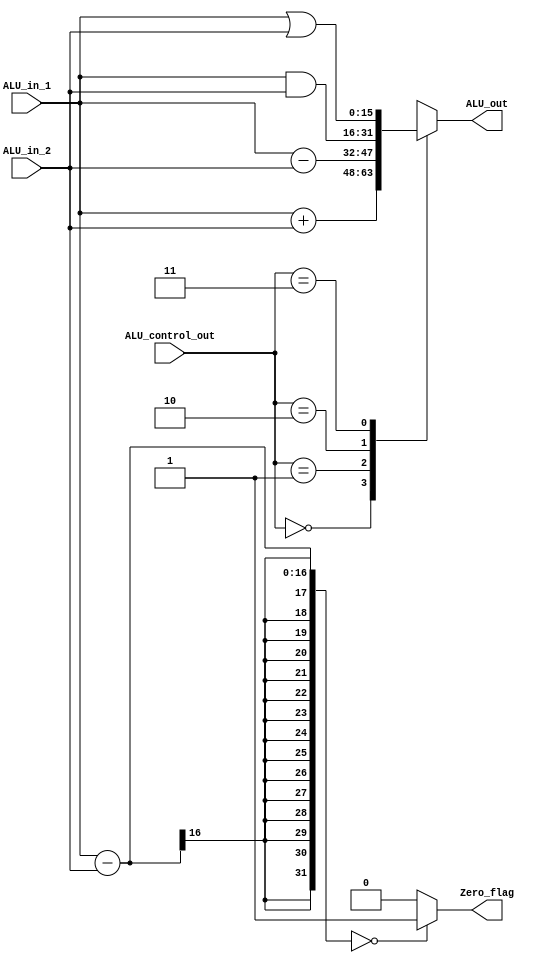
`timescale 1ns / 1ps
module ALU_2(
    ALU_in_1,
    ALU_in_2,
    ALU_out,
    ALU_control_out,
    Zero_flag
);

parameter N=16;
input [N-1:0] ALU_in_1;
input [1:0] ALU_control_out;
input [N-1:0] ALU_in_2;
output reg [N-1:0] ALU_out;
output reg Zero_flag;

always @ (*)
    begin
    case (ALU_control_out)
    
    2'b00: ALU_out = ALU_in_1 + ALU_in_2;
    2'b01: ALU_out = ALU_in_1-ALU_in_2;
    2'b10: ALU_out = (ALU_in_1) & (ALU_in_2);
    2'b11: ALU_out = (ALU_in_1) | (ALU_in_2);
    
    endcase 
    end

always @ (*)
    begin
    if ((ALU_in_1-ALU_in_2)==0)
    Zero_flag=1;
    else Zero_flag=0;
    end
endmodule